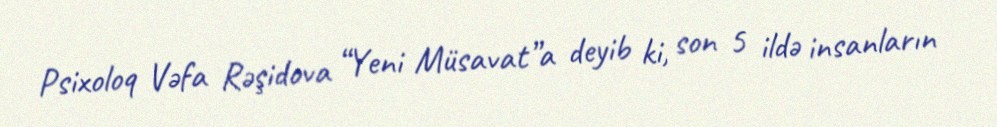
Psixoloq Vəfa Rəşidova “Yeni Müsavat”a deyib ki, son 5 ildə insanların